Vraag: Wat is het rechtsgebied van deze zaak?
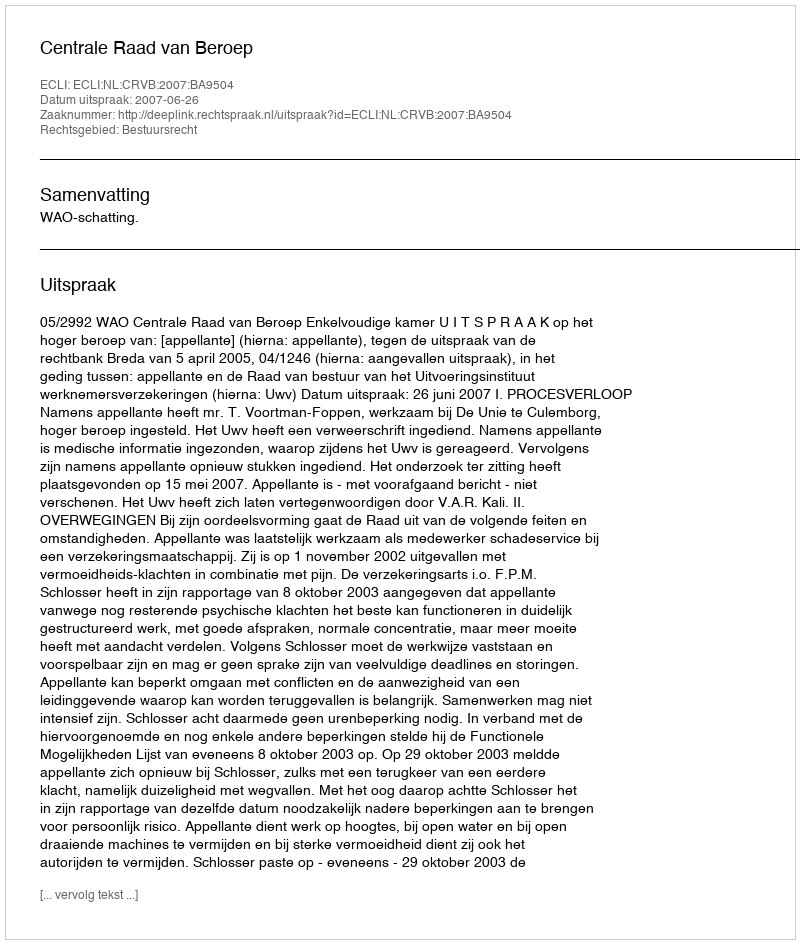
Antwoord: Bestuursrecht